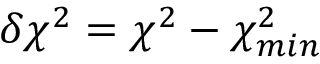
\delta \chi ^ { 2 } = \chi ^ { 2 } - \chi _ { m i n } ^ { 2 }